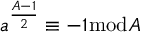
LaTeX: a ^ { \frac { A - 1 } { 2 } } \equiv - 1 { \bmod { A } }